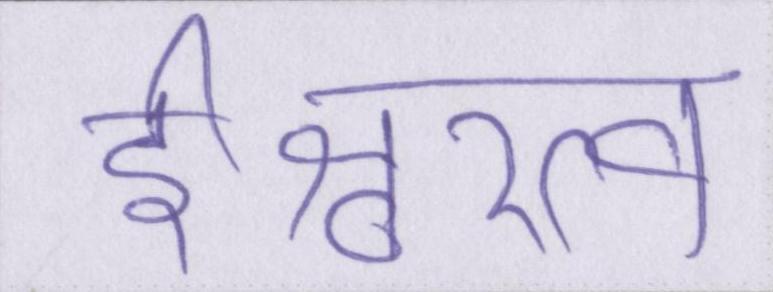
ईश्वरत्व